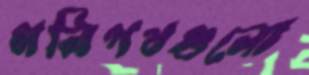
গলিপথগুলো